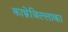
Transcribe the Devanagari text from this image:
काभ्रेजिल्लाका